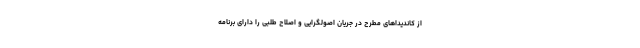
از کاندیداهای مطرح در جریان اصولگرایی و اصلاح طلبی را دارای برنامه